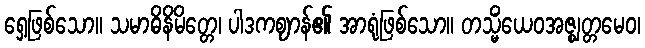
ရှေ့ဖြစ်သော။ သမာဓိနိမိတ္တေ၊ ပါဒကဈာန်၏ အာရုံဖြစ်သော။ တသ္မိံယေဝအဇ္ဈတ္တမေဝ၊